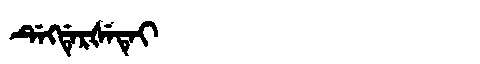
Manchu: ᡩᡝᡴᡩᡝᡵᡧᡝᡨᡝᡳ
Romanization: DEKDERŠETEI